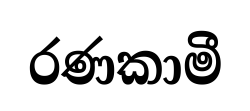
රණකාමී